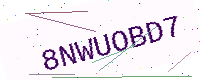
Text: 8NWUOBD7